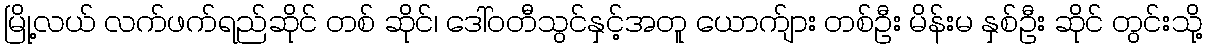
မြို့လယ် လက်ဖက်ရည်ဆိုင် တစ် ဆိုင်၊ ဒေါ်ဝတီသွင်နှင့်အတူ ယောက်ျား တစ်ဦး မိန်းမ နှစ်ဦး ဆိုင် တွင်းသို့